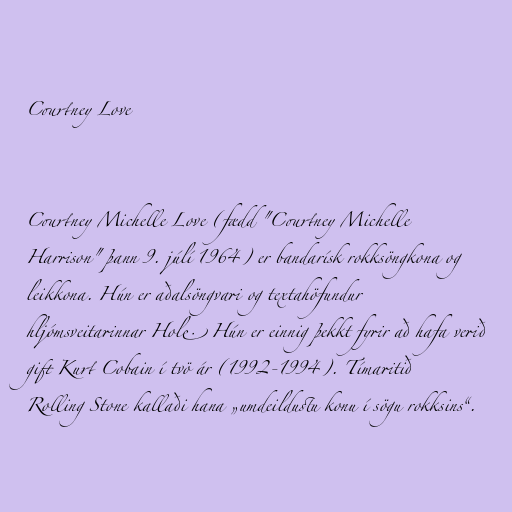
Courtney Love

Courtney Michelle Love (fædd "Courtney Michelle
Harrison" þann 9. júlí 1964) er bandarísk rokksöngkona og
leikkona. Hún er aðalsöngvari og textahöfundur
hljómsveitarinnar Hole. Hún er einnig þekkt fyrir að hafa verið
gift Kurt Cobain í tvö ár (1992-1994). Tímaritið
Rolling Stone kallaði hana „umdeildustu konu í sögu rokksins“.